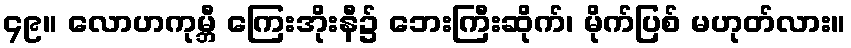
၄၉။ လောဟကုမ္ဘီ ကြေးအိုးနီ၌ ဘေးကြီးဆိုက်၊ မိုက်ပြစ် မဟုတ်လား။